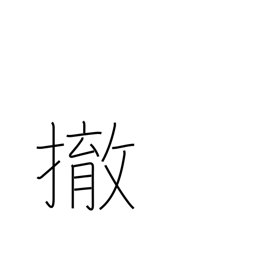
Meaning: disarm